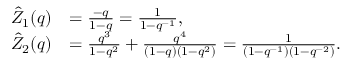
\begin{array} { r l } { \hat { Z } _ { 1 } ( q ) } & { = \frac { - q } { 1 - q } = \frac { 1 } { 1 - q ^ { - 1 } } , } \\ { \hat { Z } _ { 2 } ( q ) } & { = \frac { q ^ { 3 } } { 1 - q ^ { 2 } } + \frac { q ^ { 4 } } { ( 1 - q ) \left( 1 - q ^ { 2 } \right) } = \frac { 1 } { \left( 1 - q ^ { - 1 } \right) \left( 1 - q ^ { - 2 } \right) } . } \end{array}